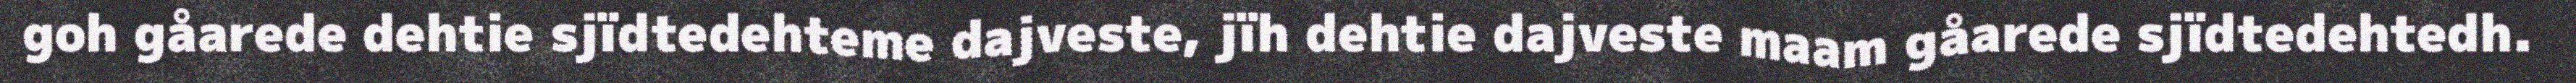
goh gåarede dehtie sjïdtedehteme dajveste, jïh dehtie dajveste maam gåarede sjïdtedehtedh.